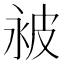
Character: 𬐔